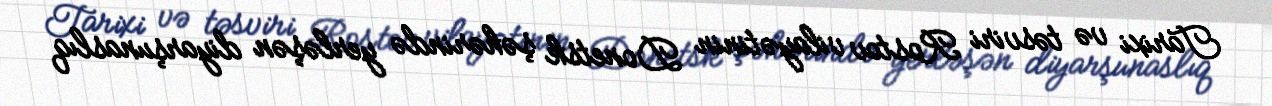
Tarixi və təsviri Rostov vilayətinin Donetsk şəhərində yerləşən diyarşunaslıq